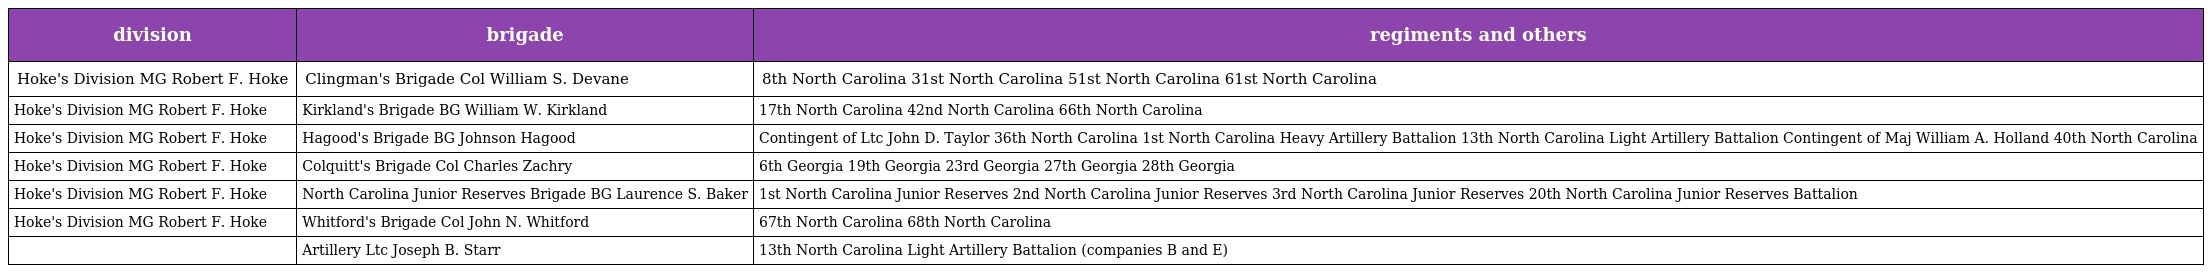
| division | brigade | regiments and others |
 | --- | --- | --- |
 | Hoke's Division MG Robert F. Hoke | Clingman's Brigade Col William S. Devane | 8th North Carolina 31st North Carolina 51st North Carolina 61st North Carolina |
 | Hoke's Division MG Robert F. Hoke | Kirkland's Brigade BG William W. Kirkland | 17th North Carolina 42nd North Carolina 66th North Carolina |
 | Hoke's Division MG Robert F. Hoke | Hagood's Brigade BG Johnson Hagood | Contingent of Ltc John D. Taylor 36th North Carolina 1st North Carolina Heavy Artillery Battalion 13th North Carolina Light Artillery Battalion Contingent of Maj William A. Holland 40th North Carolina |
 | Hoke's Division MG Robert F. Hoke | Colquitt's Brigade Col Charles Zachry | 6th Georgia 19th Georgia 23rd Georgia 27th Georgia 28th Georgia |
 | Hoke's Division MG Robert F. Hoke | North Carolina Junior Reserves Brigade BG Laurence S. Baker | 1st North Carolina Junior Reserves 2nd North Carolina Junior Reserves 3rd North Carolina Junior Reserves 20th North Carolina Junior Reserves Battalion |
 | Hoke's Division MG Robert F. Hoke | Whitford's Brigade Col John N. Whitford | 67th North Carolina 68th North Carolina |
 |  | Artillery Ltc Joseph B. Starr | 13th North Carolina Light Artillery Battalion (companies B and E) |